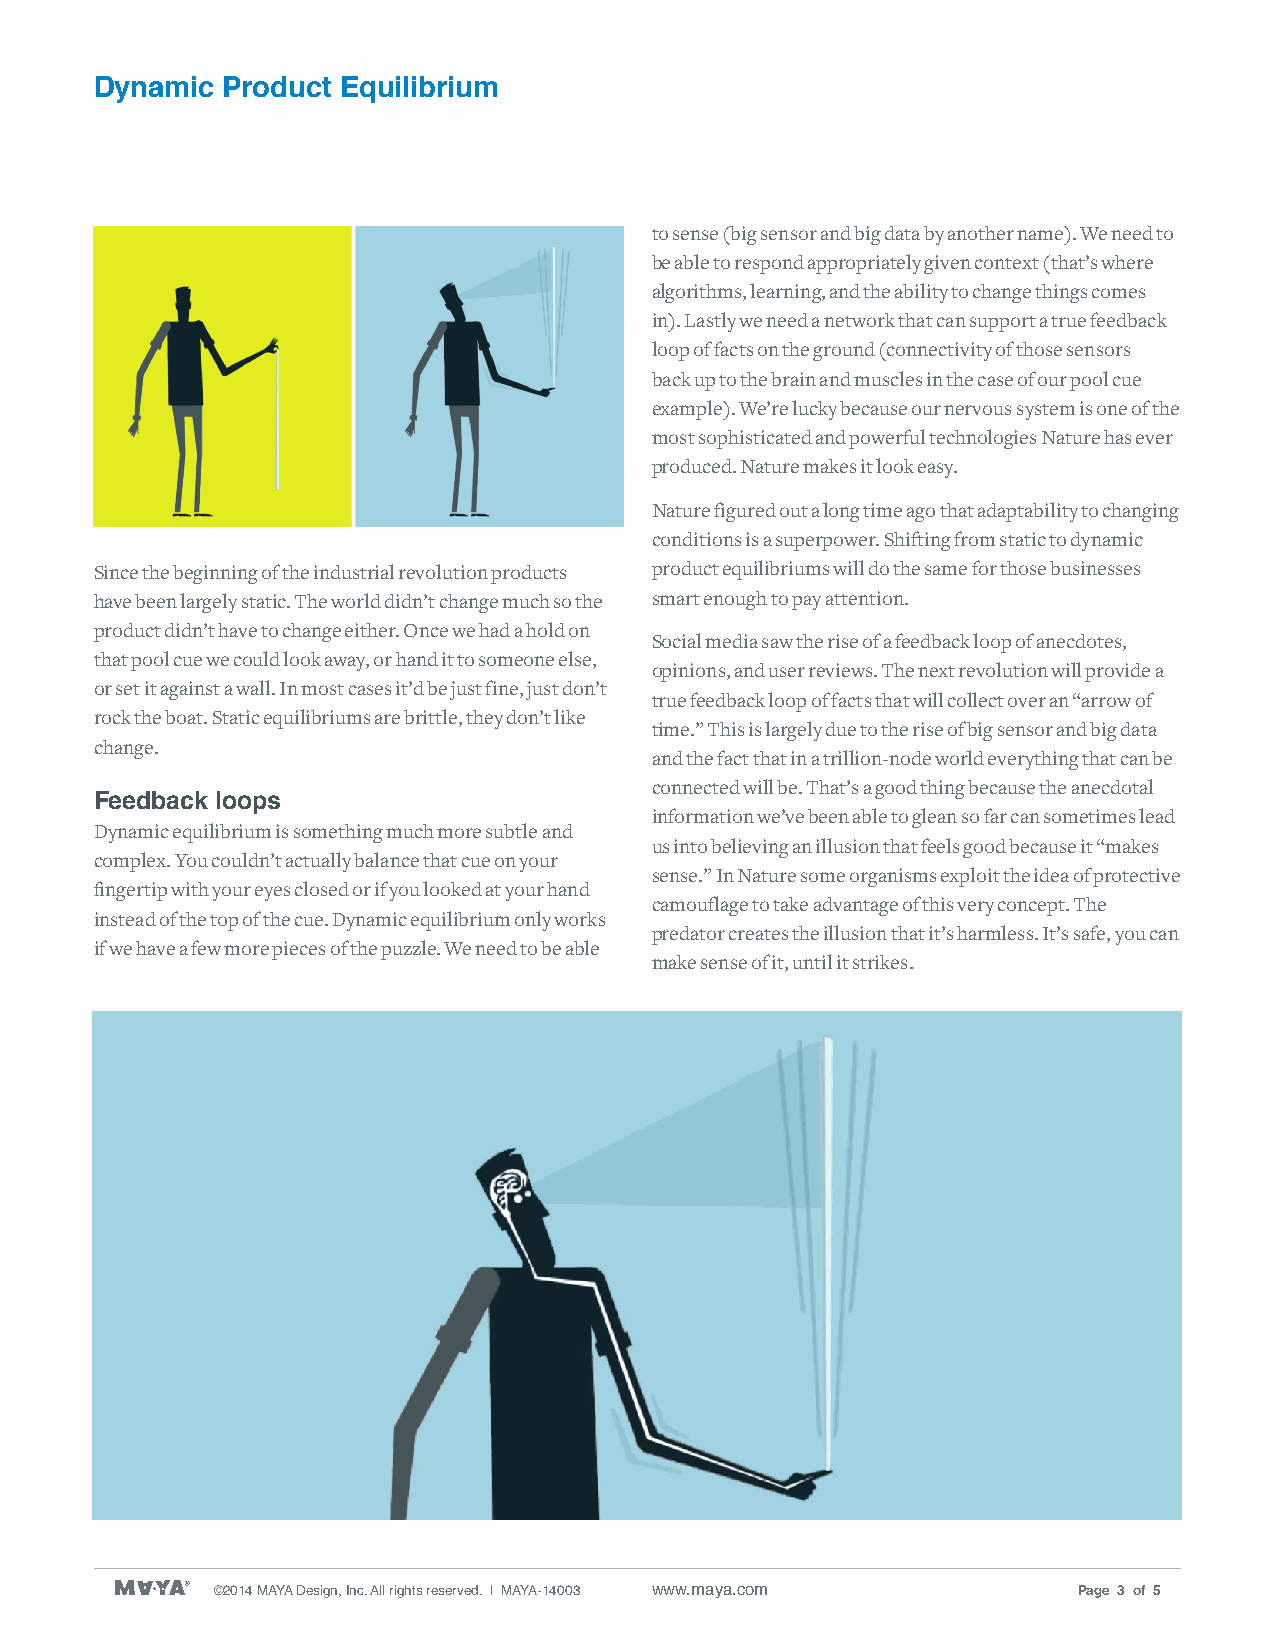
Dynamic  Product Equilibrium
 to sense (big sensor and big data by another name). We need to
 be able to respond appropriately given context (that’s where
 algorithms, learning, and the ability to change things comes
 in). Lastly we need a network that can support a true feedback
 loop of facts on the ground (connectivity of those sensors
 back up to the brain and muscles in the case of our pool cue
 example). We’re lucky because our nervous system is one of the
 most sophisticated and powerful technologies Nature has ever
 produced. Nature makes it look easy.
 Nature figured out a long time ago that adaptability to changing
 conditions is a superpower. Shifting from static to dynamic
 Since the beginning of the industrial revolution products product equilibriums will do the same for those businesses
 have been largely static. The world didn’t change much so the smart enough to pay attention.
 product didn’t have to change either. Once we had a hold on
 Social media saw the rise of a feedback loop of anecdotes,
 that pool cue we could look away, or hand it to someone else,
 opinions, and user reviews. The next revolution will provide a
 or set it against a wall. In most cases it’d be just fine, just don’t
 true feedback loop of facts that will collect over an “arrow of
 rock the boat. Static equilibriums are brittle, they don’t like
 time.” This is largely due to the rise of big sensor and big data
 change.
 and the fact that in a trillion-node world everything that can be
 connected will be. That’s a good thing because the anecdotal
 Feedback loops
 information we’ve been able to glean so far can sometimes lead
 Dynamic equilibrium is something much more subtle and
 us into believing an illusion that feels good because it “makes
 complex. You couldn’t actually balance that cue on your
 sense.” In Nature some organisms exploit the idea of protective
 fingertip with your eyes closed or if you looked at your hand
 camouflage to take advantage of this very concept. The
 instead of the top of the cue. Dynamic equilibrium only works
 predator creates the illusion that it’s harmless. It’s safe, you can
 if we have a few more pieces of the puzzle. We need to be able
 make sense of it, until it strikes.
 ©2014 MAYA Design, Inc. All rights reserved. | MAYA-14003 www.maya.com Page 3 of 5